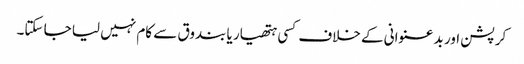
کرپشن اور بد عنوانی کے خلاف کسی ہتھیار یا بندوق سے کام نہیں لیا جا سکتا۔